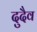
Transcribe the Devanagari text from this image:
दुदैव